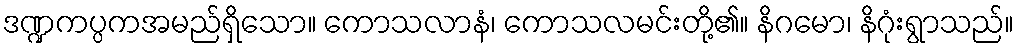
ဒဏ္ဍကပ္ပကအမည်ရှိသော။ ကောသလာနံ၊ ကောသလမင်းတို့၏။ နိဂမော၊ နိဂုံးရွာသည်။